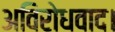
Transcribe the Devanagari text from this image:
अविरोधवाद।